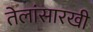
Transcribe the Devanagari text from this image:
तेलांसारखी